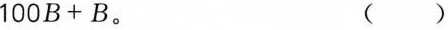
1 0 0 B + B$$。 ( )